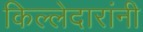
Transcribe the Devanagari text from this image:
किल्लेदारांनी